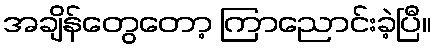
အချိန်တွေတော့ ကြာညောင်းခဲ့ပြီ။